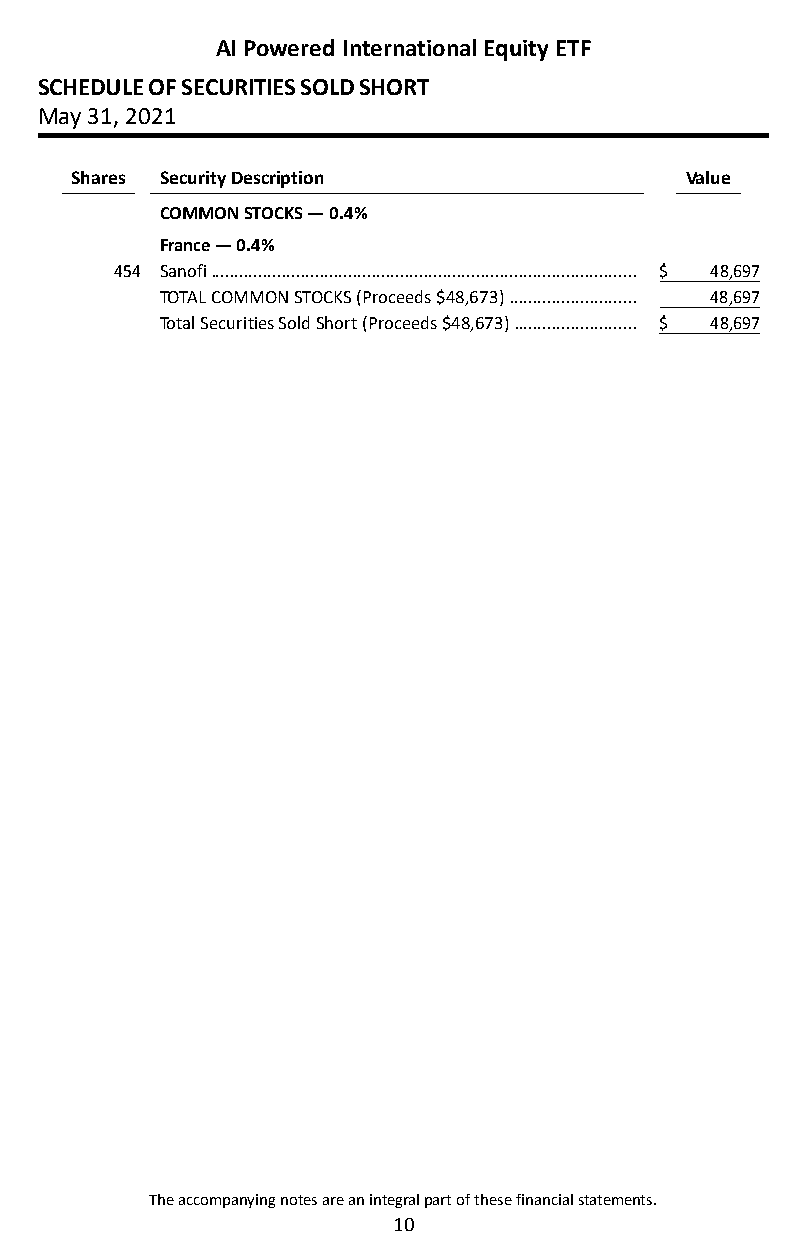
AI Powered International Equity ETF
 SCHEDULE OF SECURITIES SOLD SHORT
 May 31, 2021
 Shares Security Description             Value
 COMMON STOCKS — 0.4%
 France — 0.4%
 454 Sanofi ������������������������������������������������������������������������������������������ $ 48,697
 TOTAL COMMON STOCKS (Proceeds $48,673) ��������������������������� 48,697
 Total Securities Sold Short (Proceeds $48,673) �������������������������� $ 48,697
 The accompanying notes are an integral part of these financial statements.
 10